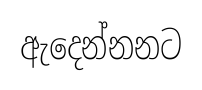
ඇදෙන්නනට